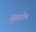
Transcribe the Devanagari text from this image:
सुखदीन